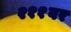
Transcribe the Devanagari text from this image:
२११वर